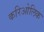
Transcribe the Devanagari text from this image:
करिओलिक